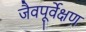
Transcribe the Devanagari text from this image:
जैवपूर्वेक्षण